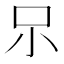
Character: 𱒃